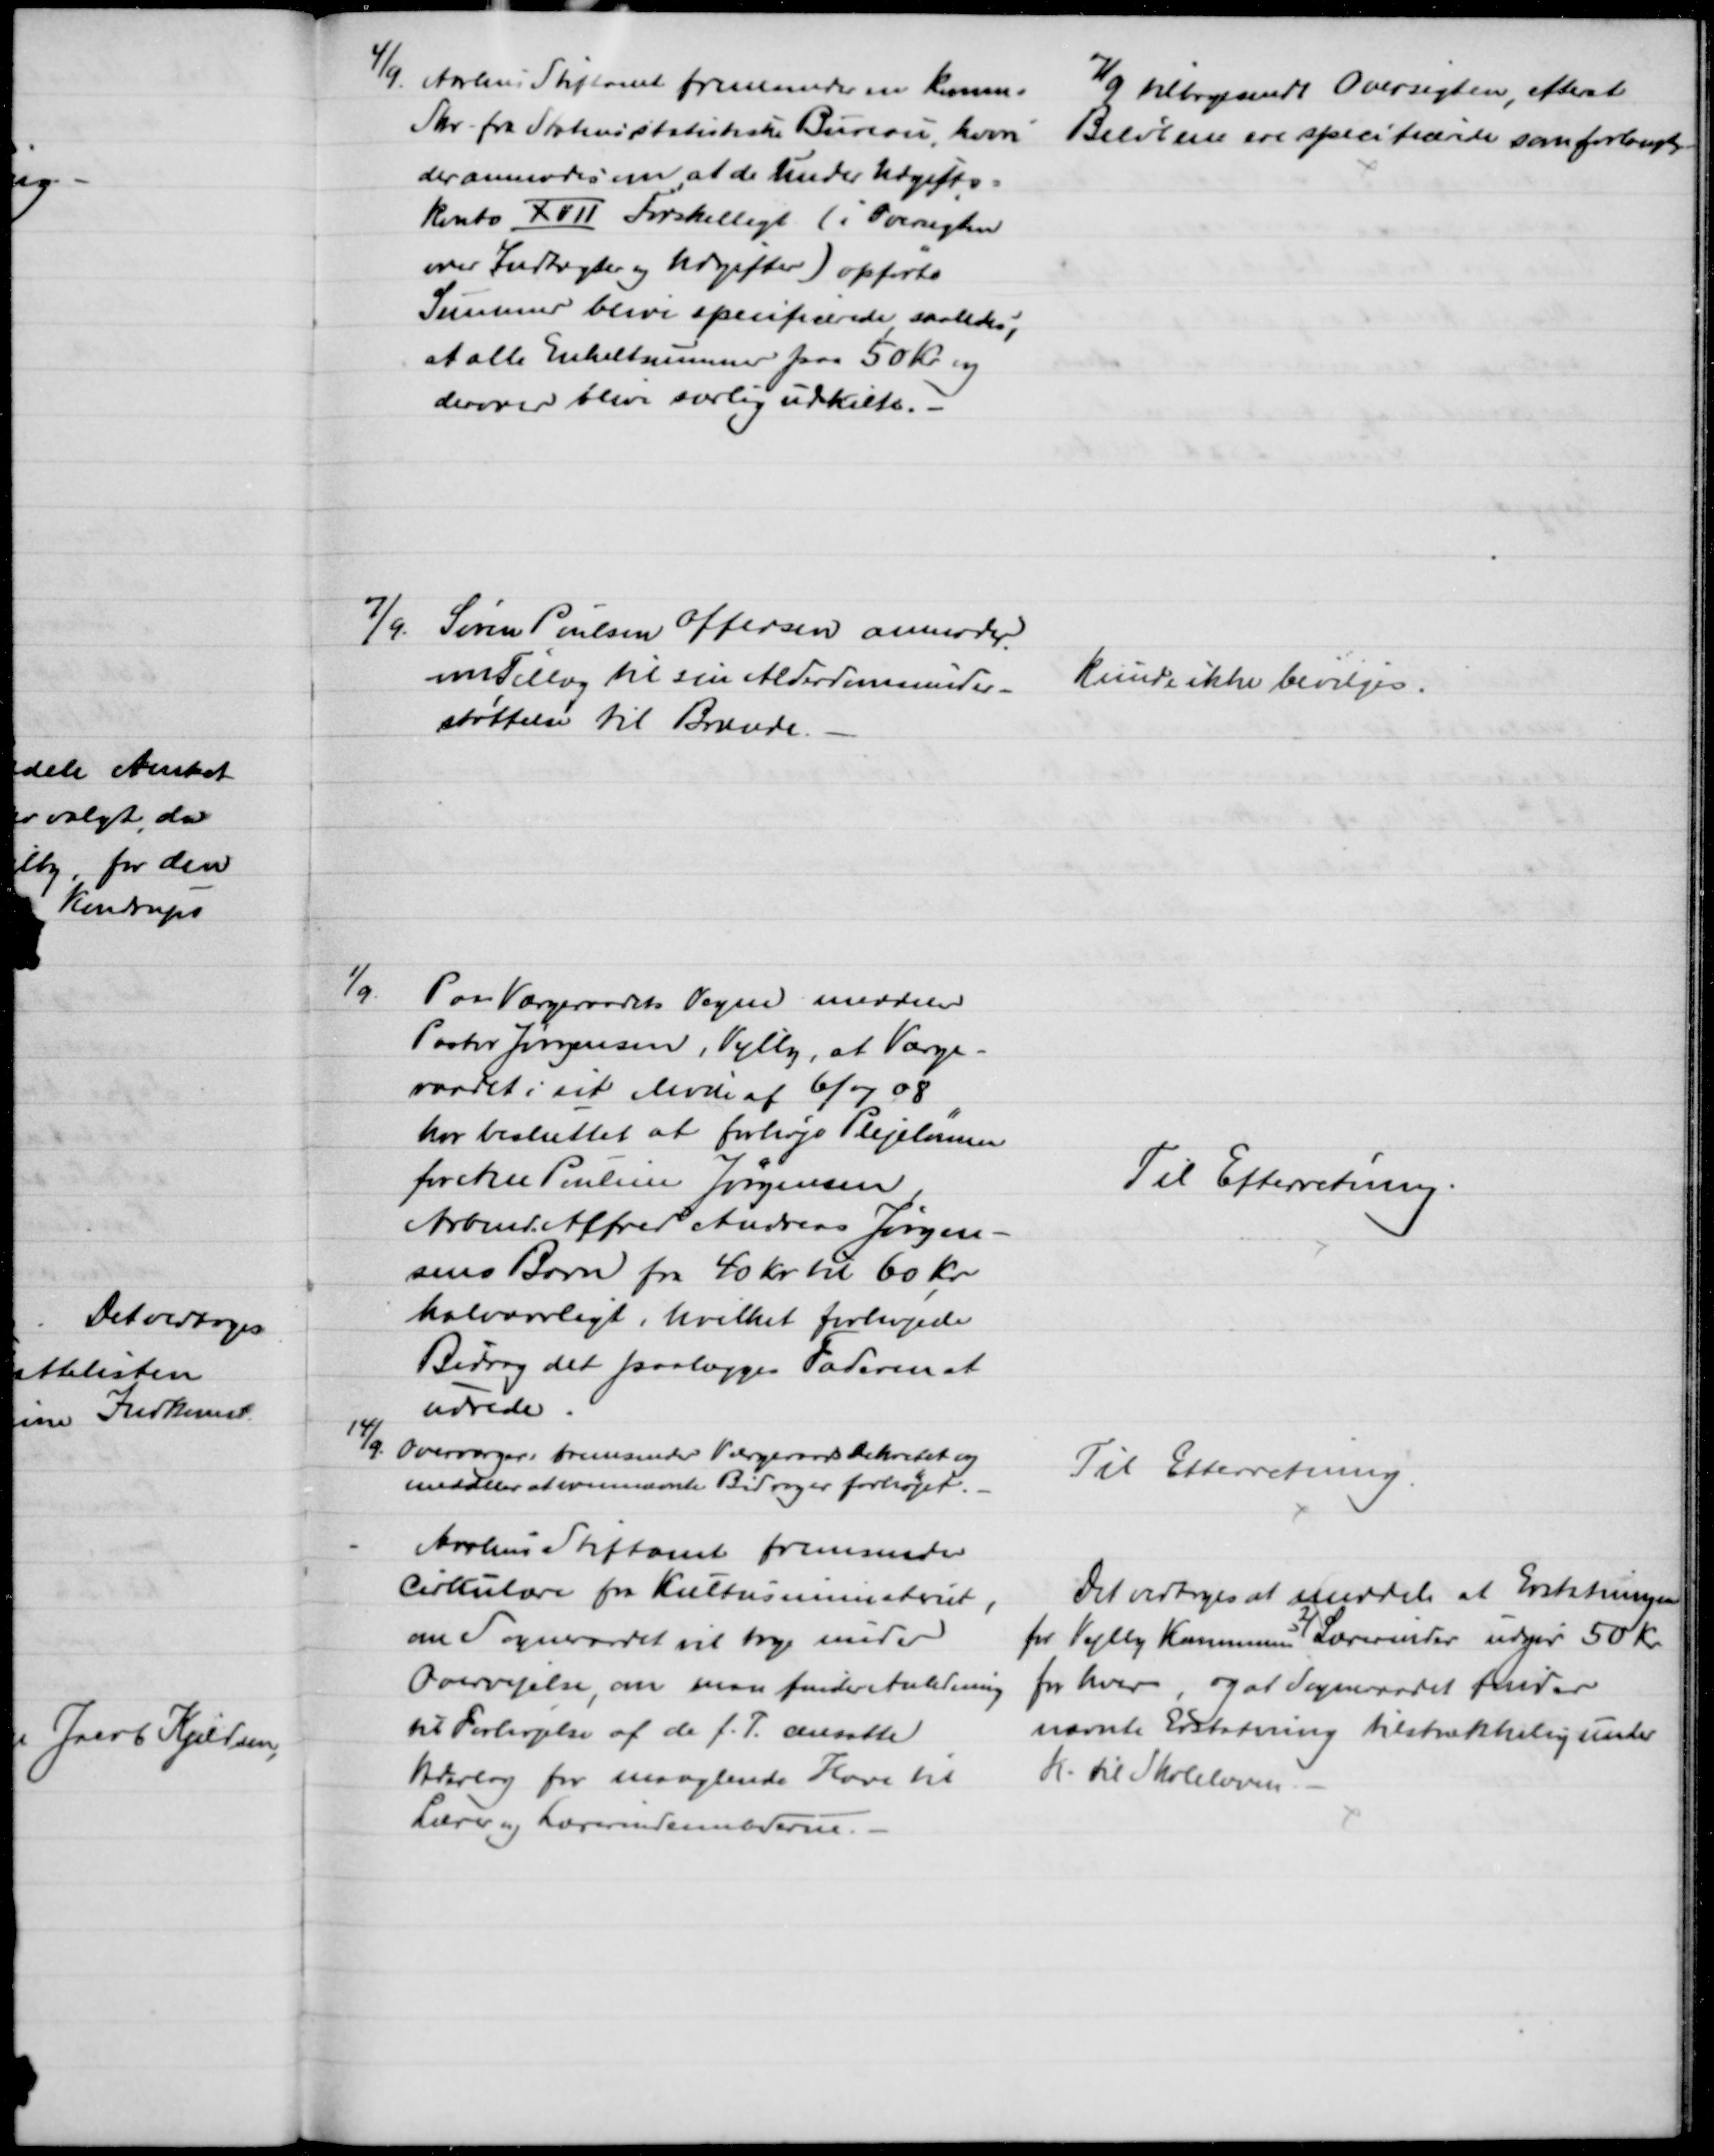
Transskription:
4/9. Aarhus Stiftamt fremsender en Komm.
Skr. fra Statens statistiske Bureau, hvori
der anmodes om, at de under Udgifts=
konto XVII Forskelligt (i Oversigten
over Indtægter og Udgifter) opførte
Summer blive specificerede saaledes,
at alle Enkeltsummer paa 50 Kr. og
derover blive særlig udskilte.
7/9 tilbagesendt Oversigten, efterat
Beløbene ere specificerede som forlangt
7/9. Søren Poulsen Offersen anmoder
om tillæg til sin Alderdomsunder-
støttelse til Brænde.
kunde ikke bevilges.
1/9
Paa Værgeraadets Vegne meddeler
Pastor Jørgensen, Vejlby, at Værge-
raadet i sit Møde af 6/7 08
har besluttet at forhøje Plejelønnen
for Ane Pouline Jørgensen
Arbmd. Alfred Andreas Jørgen-
sens Barn fra 40 Kr. til 60 kr.
halvaarligt, hvilket forhøjede
Bidrag det paalægges Faderen at
udrede.
Til Efterretning.
14/9.
Overværgerr. fremsender Værgeraadsdekretet og
meddeler at ovennævnte Bidrag er forhøjet.
Til Efterretning.
Aarhus Stiftamt fremsender
Cirkulære fra Kulturministeriet,
om Sogneraadet vil tage under
Overvejelse, om man finder Anledning
til Forhøjelse af de f. T. ansatte
Bidrag for manglende Have til
Lærer og Lærerindeembederne.
Det vedtoges at meddele at Erstatningen
for Vejlby Kommunens 
2
Lærerinder udgør 50 Kr.
for hver, og at Sogneraadet finder
nævnte Erstatning tilstrækkelig under
H. til Skoleloven.